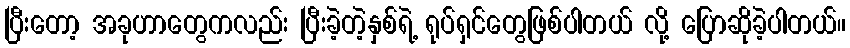
ပြီးတော့ အခုဟာတွေကလည်း ပြီးခဲ့တဲ့နှစ်ရဲ့ ရုပ်ရှင်တွေဖြစ်ပါတယ် လို့ ပြောဆိုခဲ့ပါတယ်။